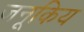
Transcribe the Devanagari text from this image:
जनूकिय